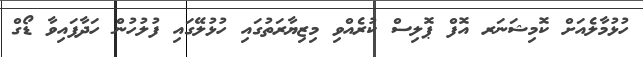
ހުޅުމާލެއަށް ކޮމިޝަނަރ އޮފް ޕޮލިސް ކުރެއްވި މިޒިޔާރަތުގައި ހުޅުލޭގައި ފުލުހުން ހަދާފައިވާ ޑޯގް